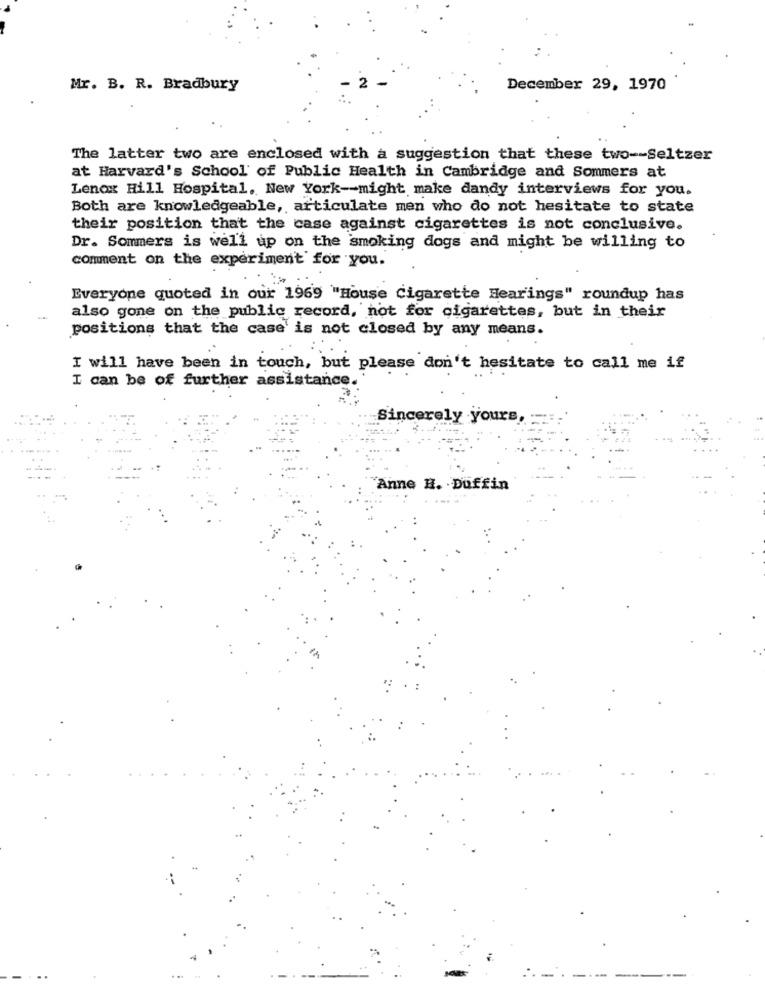
Mr. B. R. Bradbury
December 29, 1970
The latter two are enclosed with a suggestion that these two -- Seltzer
at Harvard's School of Public Health in Cambridge and Sommers at
Lenox Hill Hospital, New York -- might make dandy interviews for you.
Both are knowledgeable, articulate men who do not hesitate to state
their position that the case against cigarettes is not conclusive.
Dr. Sommers is well up on the smoking dogs and might be willing to
comment on the experiment for you.
Everyone quoted in our 1969 "House Cigarette Hearings" roundup has
also gone on the public record, not for cigarettes, but in their
positions that the case' is not closed by any means.
I will have been in touch, but please don't hesitate to call me if
I can be of further assistance.
Sincerely yours,
Anne H. Duffin